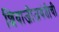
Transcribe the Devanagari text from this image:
शिवाजीजयंतीची